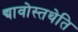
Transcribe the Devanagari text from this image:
द्यावोस्तथेति